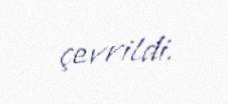
çevrildi.